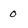
Character: 0